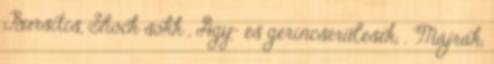
Bursitis, Shock sokk , Agy- és gerincsérülések, . Májrák,